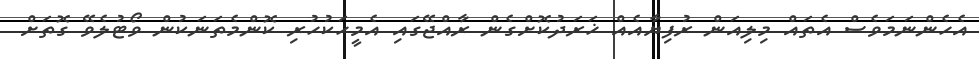
އެހެންނަމަވެސް އެތައް މިލިއަން ރުފިޔާއެއް ޚަރަދުކޮށްގެން ރާއްޖޭގައި އެމީހަކުހުރި ކޮންމެތަނަކުން ވޯޓުލެވޭ ގޮތަށް